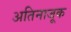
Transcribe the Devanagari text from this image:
अतिनाजूक